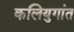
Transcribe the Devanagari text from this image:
कलियुगांत